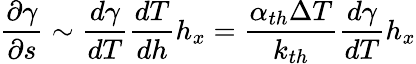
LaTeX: \frac{\partial\gamma}{\partial s}\sim\frac{d\gamma}{dT}\frac{dT}{dh}h_{x}=\frac{\alpha_{th}\Delta T}{k_{th}}\frac{d\gamma}{dT}h_{x}